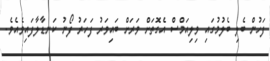
ފަހުން ބެލި ބެލުމުގައި ވިލިއަމްސް އެގޮތަށް ވަރަށް ބައިވަރު ފަހަރު ފޯނު ކަނޑާލާފައިވެއެވެ.